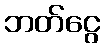
ဘတ်ငွေ